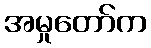
အမှုတော်က